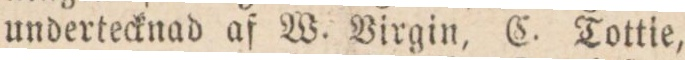
undertecknad af W. Virgin, C. Tottie,